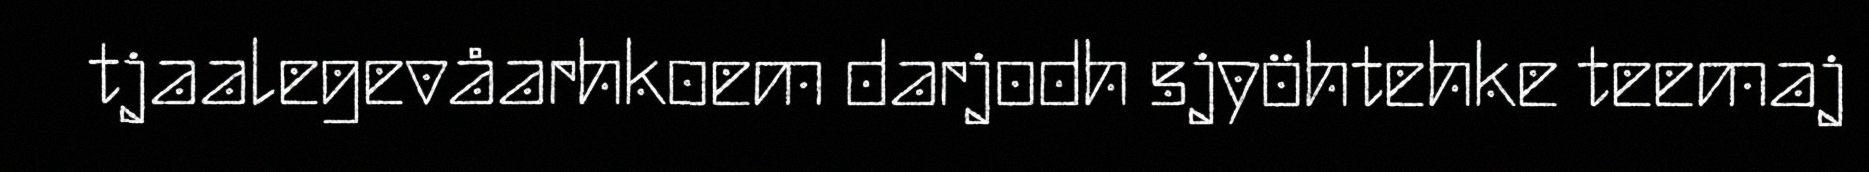
tjaalegevåarhkoem darjodh sjyöhtehke teemaj